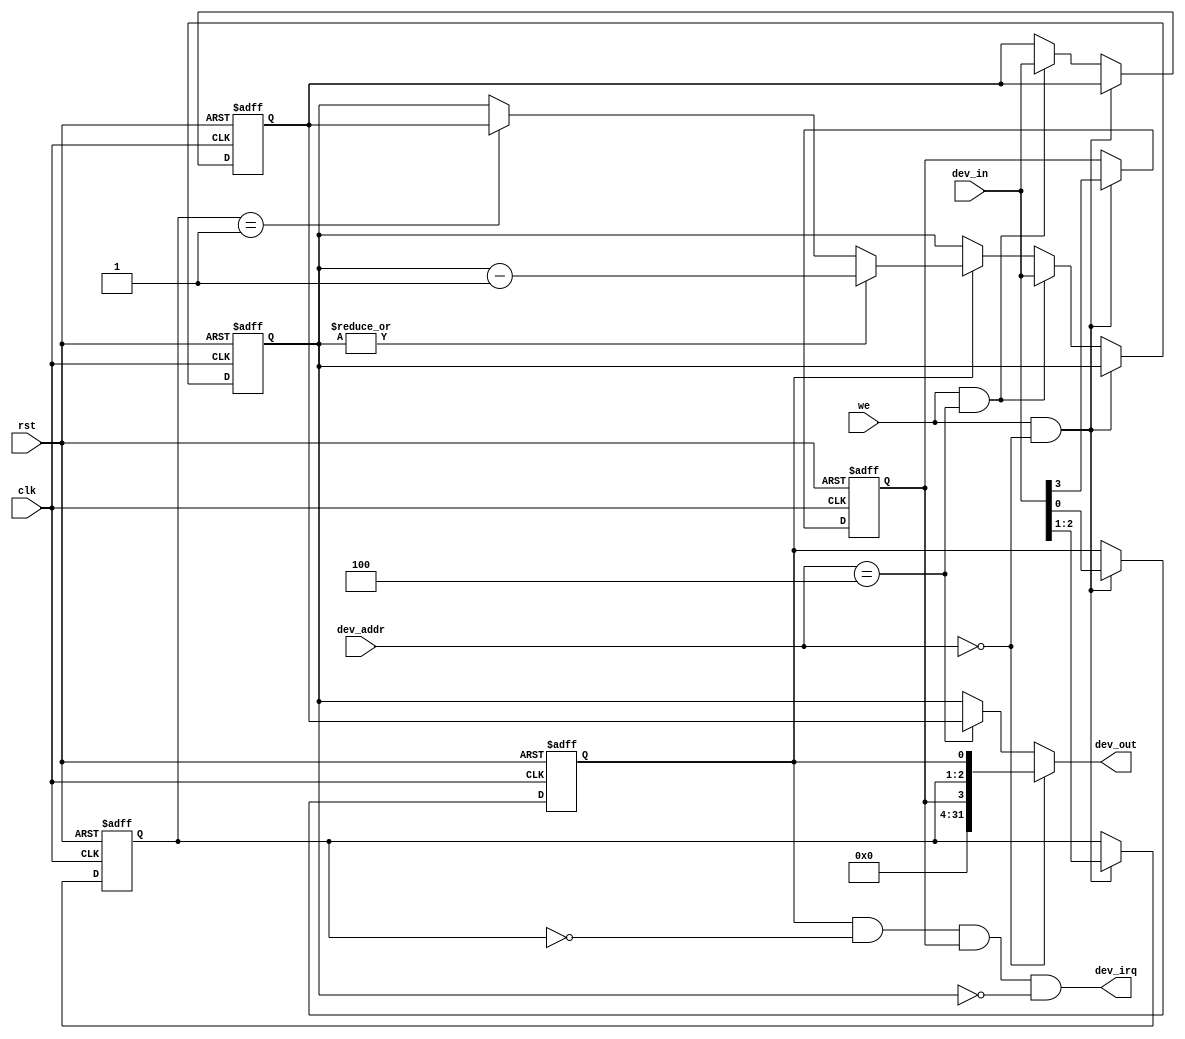
// Device: timer
// see .docx

// dev dev_(dev_irq, dev_out, dev_in, dev_addr, we, clk, rst);
module dev_timer(
  output dev_irq,
  output [31:0] dev_out,
  input [31:0] dev_in,
  input [7:0] dev_addr,
  input we, clk, rst
);

  reg im; reg [1:0] mode; reg en;
  reg [31:0] preset;
  reg [31:0] count;
  
  
  assign dev_out = (dev_addr == 8'h00) ? {28'b0, im, mode, en} :
                   (dev_addr == 8'h04) ? preset : count;


  always @ (posedge clk or posedge rst) begin
    if (rst) begin {im, mode, en} <= 4'b0; preset <= 32'b0; count <= 32'b0; end
    else if (we & dev_addr == 8'h00) {im, mode, en} <= dev_in[3:0];
    else if (we & dev_addr == 8'h04) begin preset <= dev_in; count <= dev_in; end
    else if (en)
      if (|count) count <= count - 1;
      else if (mode == 2'b01) count <= preset;
  end

  assign dev_irq = en & (mode == 2'b00) & im & (count == 32'b0);

endmodule